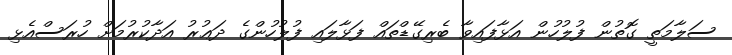
ސަލާމަތީ ގޮތުން ފުލުހުން އަޅާފައިވާ ބެރިގޭޑްތައް ފަޅާލައި ފުލުހުންގެ ދަޢުރު އަދާކުރުމަށް ހުރަސްއެޅި